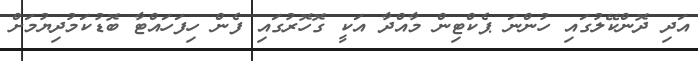
އަދި ދޮންކޭލުގައި ހުންނަ ޕެކްޓިން މާއްދާ އަކީ ގޮހޮރުގައި ފެން ހިފަހައްޓާ ބޮޑުކަމުދިޔުމަށް